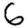
Digit: 6